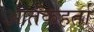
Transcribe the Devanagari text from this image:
आतंकहर्ता